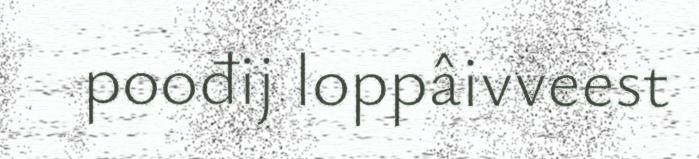
poođij loppâivveest